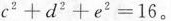
c ^ { 2 } + d ^ { 2 } + e ^ { 2 } = 16$$。